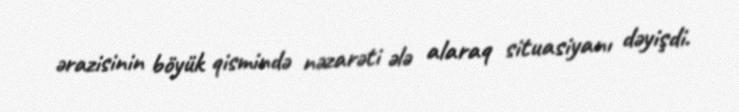
ərazisinin böyük qismində nəzarəti ələ alaraq situasiyanı dəyişdi.